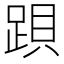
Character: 䟺